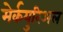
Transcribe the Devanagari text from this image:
मेर्कयुरिअल